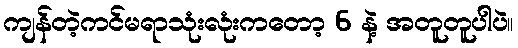
ကျန်တဲ့ကင်မရာသုံးလုံးကတော့ 6 နဲ့ အတူတူပါပဲ။